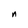
Character: n